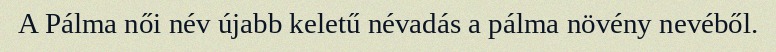
A Pálma női név újabb keletű névadás a pálma növény nevéből.